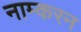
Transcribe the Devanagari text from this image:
नाम्करन